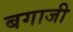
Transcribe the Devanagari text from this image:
बगाजी